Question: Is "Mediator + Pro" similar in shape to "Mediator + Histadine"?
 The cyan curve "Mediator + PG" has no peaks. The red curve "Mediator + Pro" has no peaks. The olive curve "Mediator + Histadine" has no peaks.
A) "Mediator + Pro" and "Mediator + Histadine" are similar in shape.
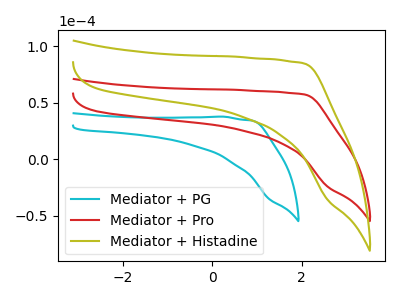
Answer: <think>Neither "Mediator + Pro" or "Mediator + Histadine" have any peaks.
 </think>
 <answer>A) "Mediator + Pro" and "Mediator + Histadine" are similar in shape.</answer>
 <eval>A</eval>